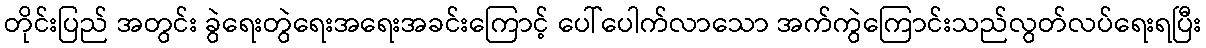
တိုင်းပြည် အတွင်း ခွဲရေးတွဲရေးအရေးအခင်းကြောင့် ပေါ်ပေါက်လာသော အက်ကွဲကြောင်းသည်လွတ်လပ်ရေးရပြီး